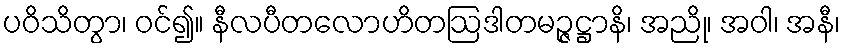
ပဝိသိတွာ၊ ဝင်၍။ နီလပီတလောဟိတဩဒါတမဉ္ဇဋ္ဌာနိ၊ အညို၊ အဝါ၊ အနီ၊